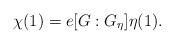
LaTeX: \begin{align*}\chi(1) = e [G:G_{\eta}] \eta(1).\end{align*}